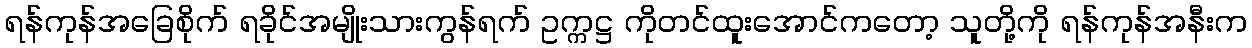
ရန်ကုန်အခြေစိုက် ရခိုင်အမျိုးသားကွန်ရက် ဥက္ကဋ္ဌ ကိုတင်ထူးအောင်ကတော့ သူတို့ကို ရန်ကုန်အနီးက